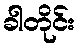
ခါတိုင်း